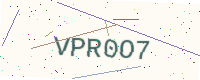
Text: VPR0O7